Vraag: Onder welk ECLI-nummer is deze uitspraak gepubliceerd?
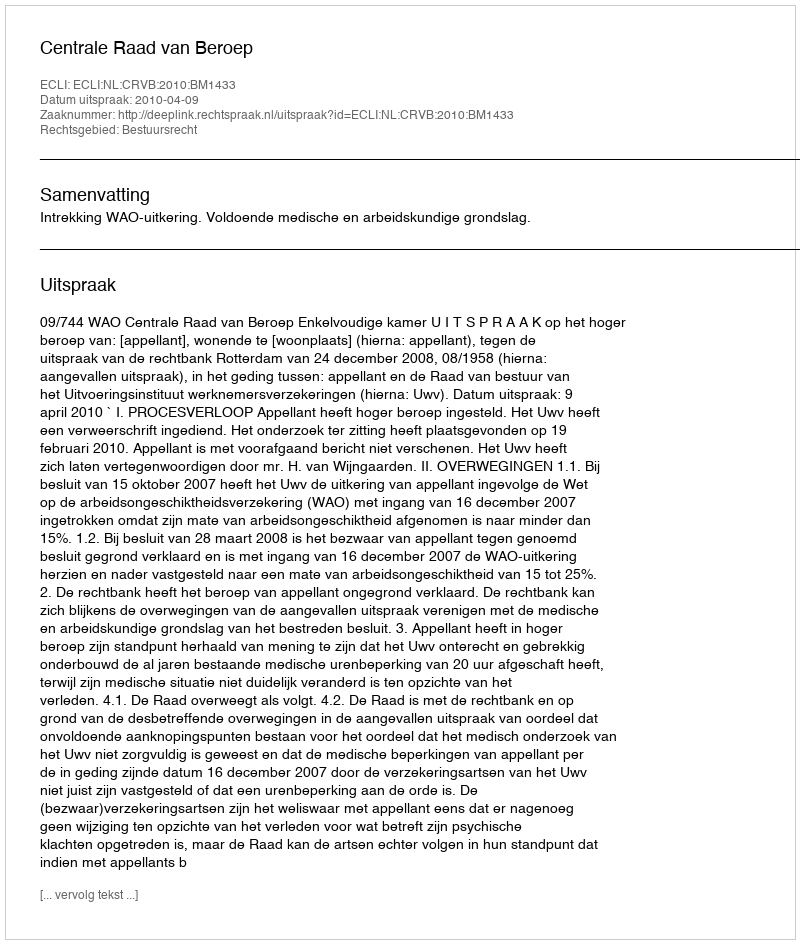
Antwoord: ECLI:NL:CRVB:2010:BM1433